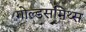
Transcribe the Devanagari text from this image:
गोल्डसमिथ्स